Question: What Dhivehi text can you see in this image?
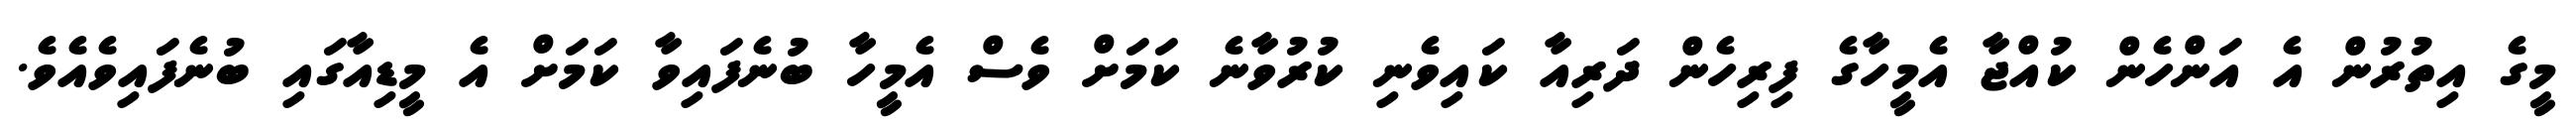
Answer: މީގެ އިތުރުން އެ އަންހެން ކުއްޖާ އެމީހާގެ ފިރިހެން ދަރިއާ ކައިވެނި ކުރުވާނެ ކަމަށް ވެސް އެމީހާ ބުނެފައިވާ ކަމަށް އެ މީޑިއާގައި ބުނެފައިވެއެވެ.